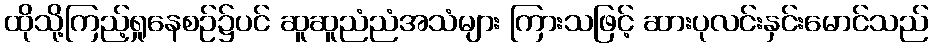
ထိုသို့ကြည့်ရှုနေစဉ်၌ပင် ဆူဆူညံညံအသံများ ကြားသဖြင့် ဆားပုလင်းနှင်းမောင်သည်